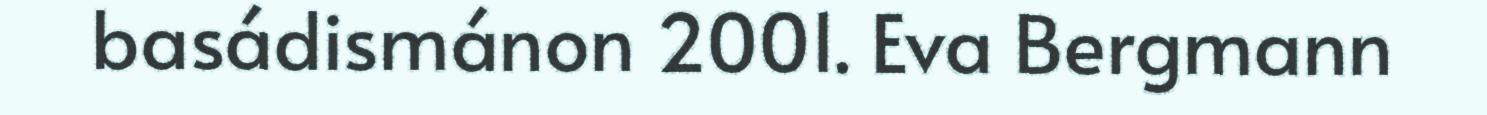
basádismánon 2001. Eva Bergmann